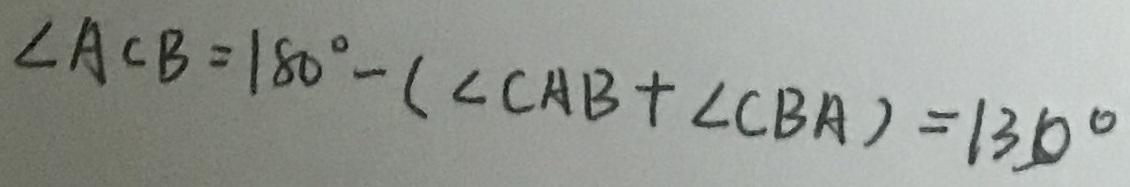
\angle A C B = 1 8 0 ^ { \circ } - ( \angle C A B + \angle C B A ) = 1 3 0 ^ { \circ }